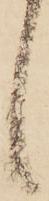
候